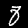
Label: 8